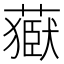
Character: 𦽕